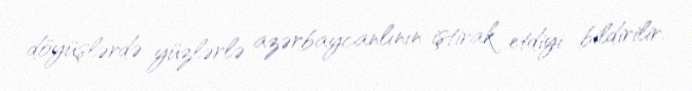
döyüşlərdə yüzlərlə azərbaycanlının iştirak etdiyi bildirilir.